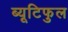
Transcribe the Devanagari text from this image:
ब्यूटिफुल